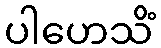
ပါဟေသိံ